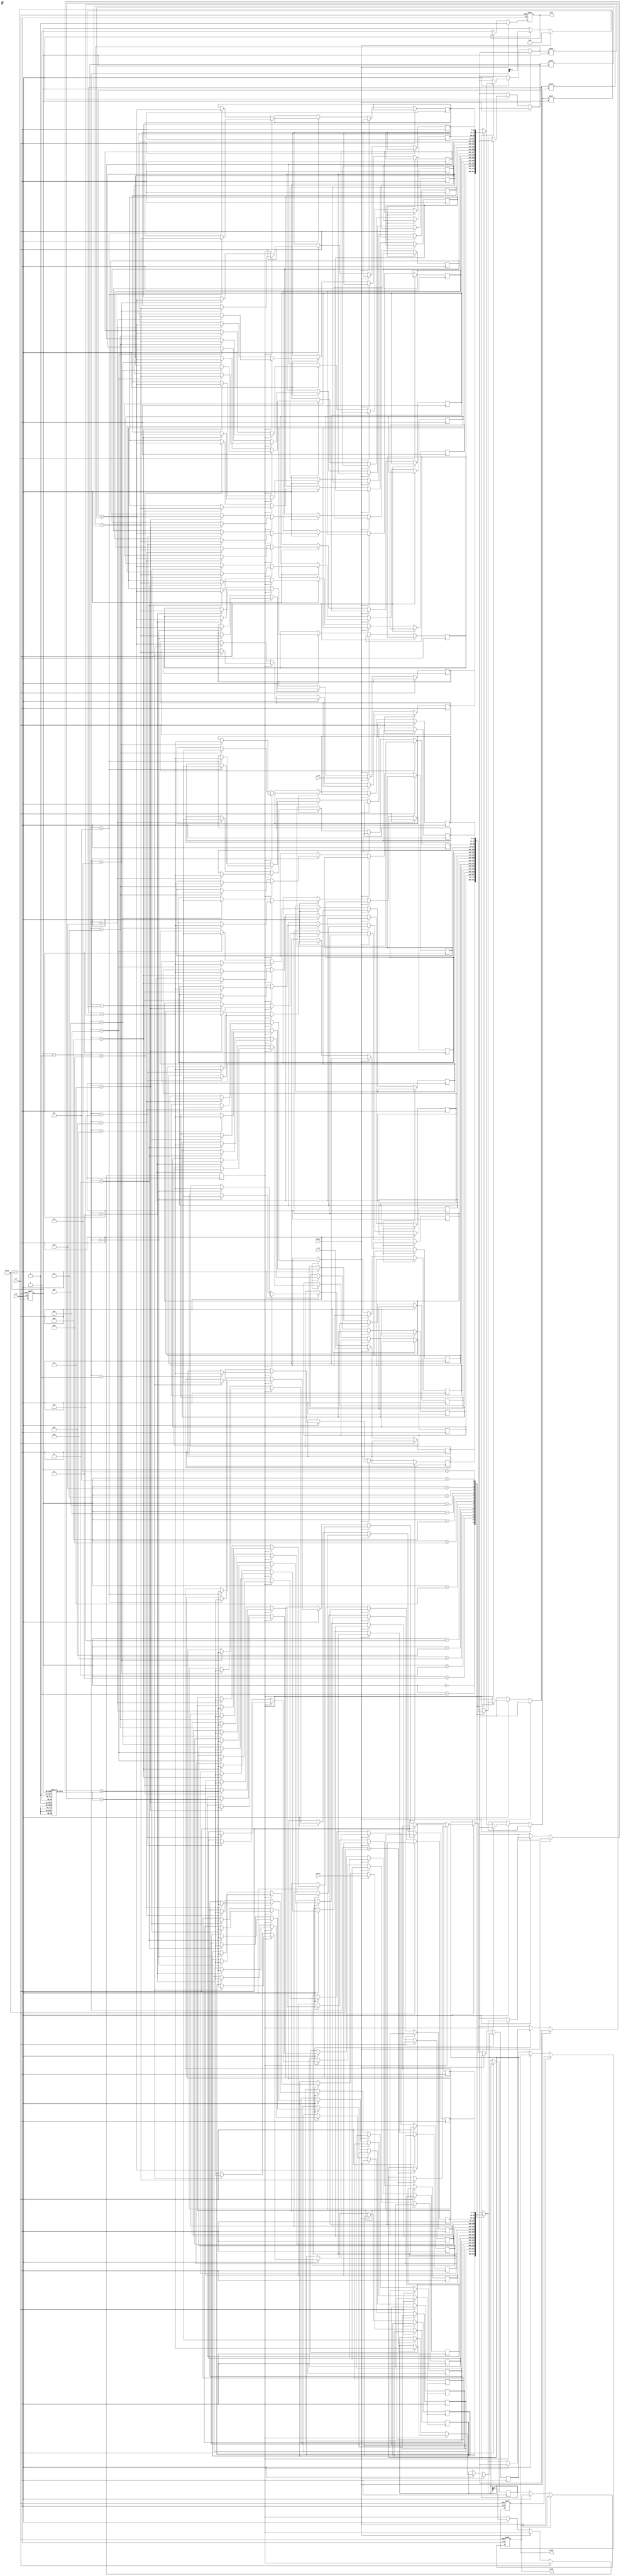
module cordic (
    input clk,
    input rst,
    input start,
    input [31:0] x_in, // IEEE 754 single-precision float
    input [31:0] y_in, // IEEE 754 single-precision float
    input [31:0] theta, // Input angle in radians (IEEE 754)
    output reg [31:0] x_out,
    output reg [31:0] y_out,
    output reg done
);

    // CORDIC parameters
    parameter NUM_ITERATIONS = 16; // Number of iterations
    reg [31:0] atan_table [0:NUM_ITERATIONS-1]; // Lookup table for arctan values
    reg [31:0] x [0:NUM_ITERATIONS]; // Intermediate x values
    reg [31:0] y [0:NUM_ITERATIONS]; // Intermediate y values
    reg [31:0] z [0:NUM_ITERATIONS]; // Intermediate z values
    reg [3:0] iteration; // Iteration counter
    reg direction; // Rotation direction

    // Initialize arctan lookup table
    initial begin
        atan_table[0] = 32'h3F19999A; // atan(2^-0) in IEEE 754
        atan_table[1] = 32'h3E2AAAAB; // atan(2^-1)
        atan_table[2] = 32'h3DCCCCCD; // atan(2^-2)
        atan_table[3] = 32'h3D555555; // atan(2^-3)
        // Add more values as needed...
    end

    // Control FSM
    always @(posedge clk or posedge rst) begin
        if (rst) begin
            iteration <= 0;
            done <= 0;
            x_out <= 0;
            y_out <= 0;
        end else if (start) begin
            // Initialize inputs
            x[0] <= x_in;
            y[0] <= y_in;
            z[0] <= theta;
            iteration <= 0;
            done <= 0;
        end else if (iteration < NUM_ITERATIONS) begin
            // Determine rotation direction
            direction <= (z[iteration][31] == 1'b1); // Check sign of z

            // Perform CORDIC rotation
            if (direction) begin
                // Counter-clockwise rotation
                x[iteration + 1] <= x[iteration] + (y[iteration] >>> iteration);
                y[iteration + 1] <= y[iteration] - (x[iteration] >>> iteration);
                z[iteration + 1] <= z[iteration] + atan_table[iteration];
            end else begin
                // Clockwise rotation
                x[iteration + 1] <= x[iteration] - (y[iteration] >>> iteration);
                y[iteration + 1] <= y[iteration] + (x[iteration] >>> iteration);
                z[iteration + 1] <= z[iteration] - atan_table[iteration];
            end

            iteration <= iteration + 1;
        end else begin
            // Final output after iterations
            x_out <= x[NUM_ITERATIONS];
            y_out <= y[NUM_ITERATIONS];
            done <= 1;
        end
    end

endmodule